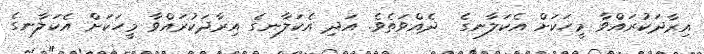
އިރާދަކުރައްވާ މީހަކަށް އެކަލާނގެ  ދެއްވަތެވެ. އަދި އެކަލާނގެ އިރާދަކުރައްވާ މީހަކަށް އެކަލާނގެ